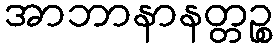
အာဘာနာနတ္တဉ္စ